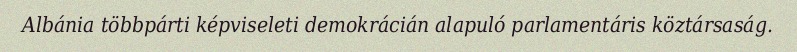
Albánia többpárti képviseleti demokrácián alapuló parlamentáris köztársaság.